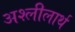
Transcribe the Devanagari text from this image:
अश्लीलार्थ